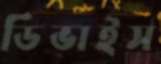
ডিভাইস